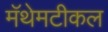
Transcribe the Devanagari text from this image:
मॅथेमटीकल